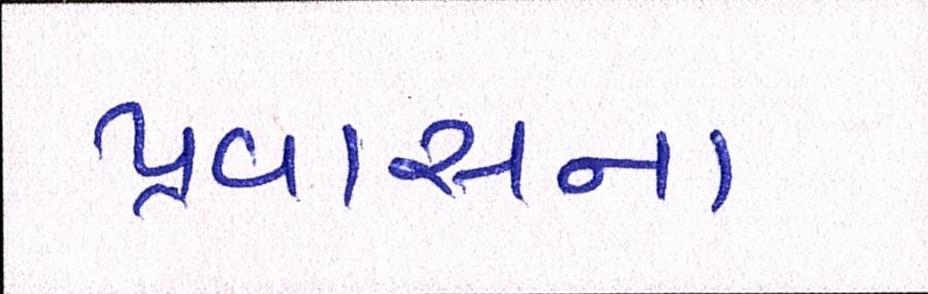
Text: પ્રવાસના